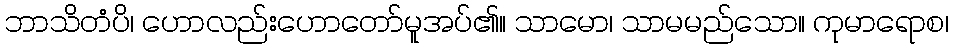
ဘာသိတံပိ၊ ဟောလည်းဟောတော်မူအပ်၏။ သာမော၊ သာမမည်သော။ ကုမာရောစ၊